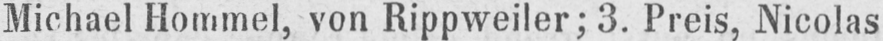
Michael Hommel, von Rippweiler; 3. Preis, Nicolas